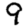
Digit: 9